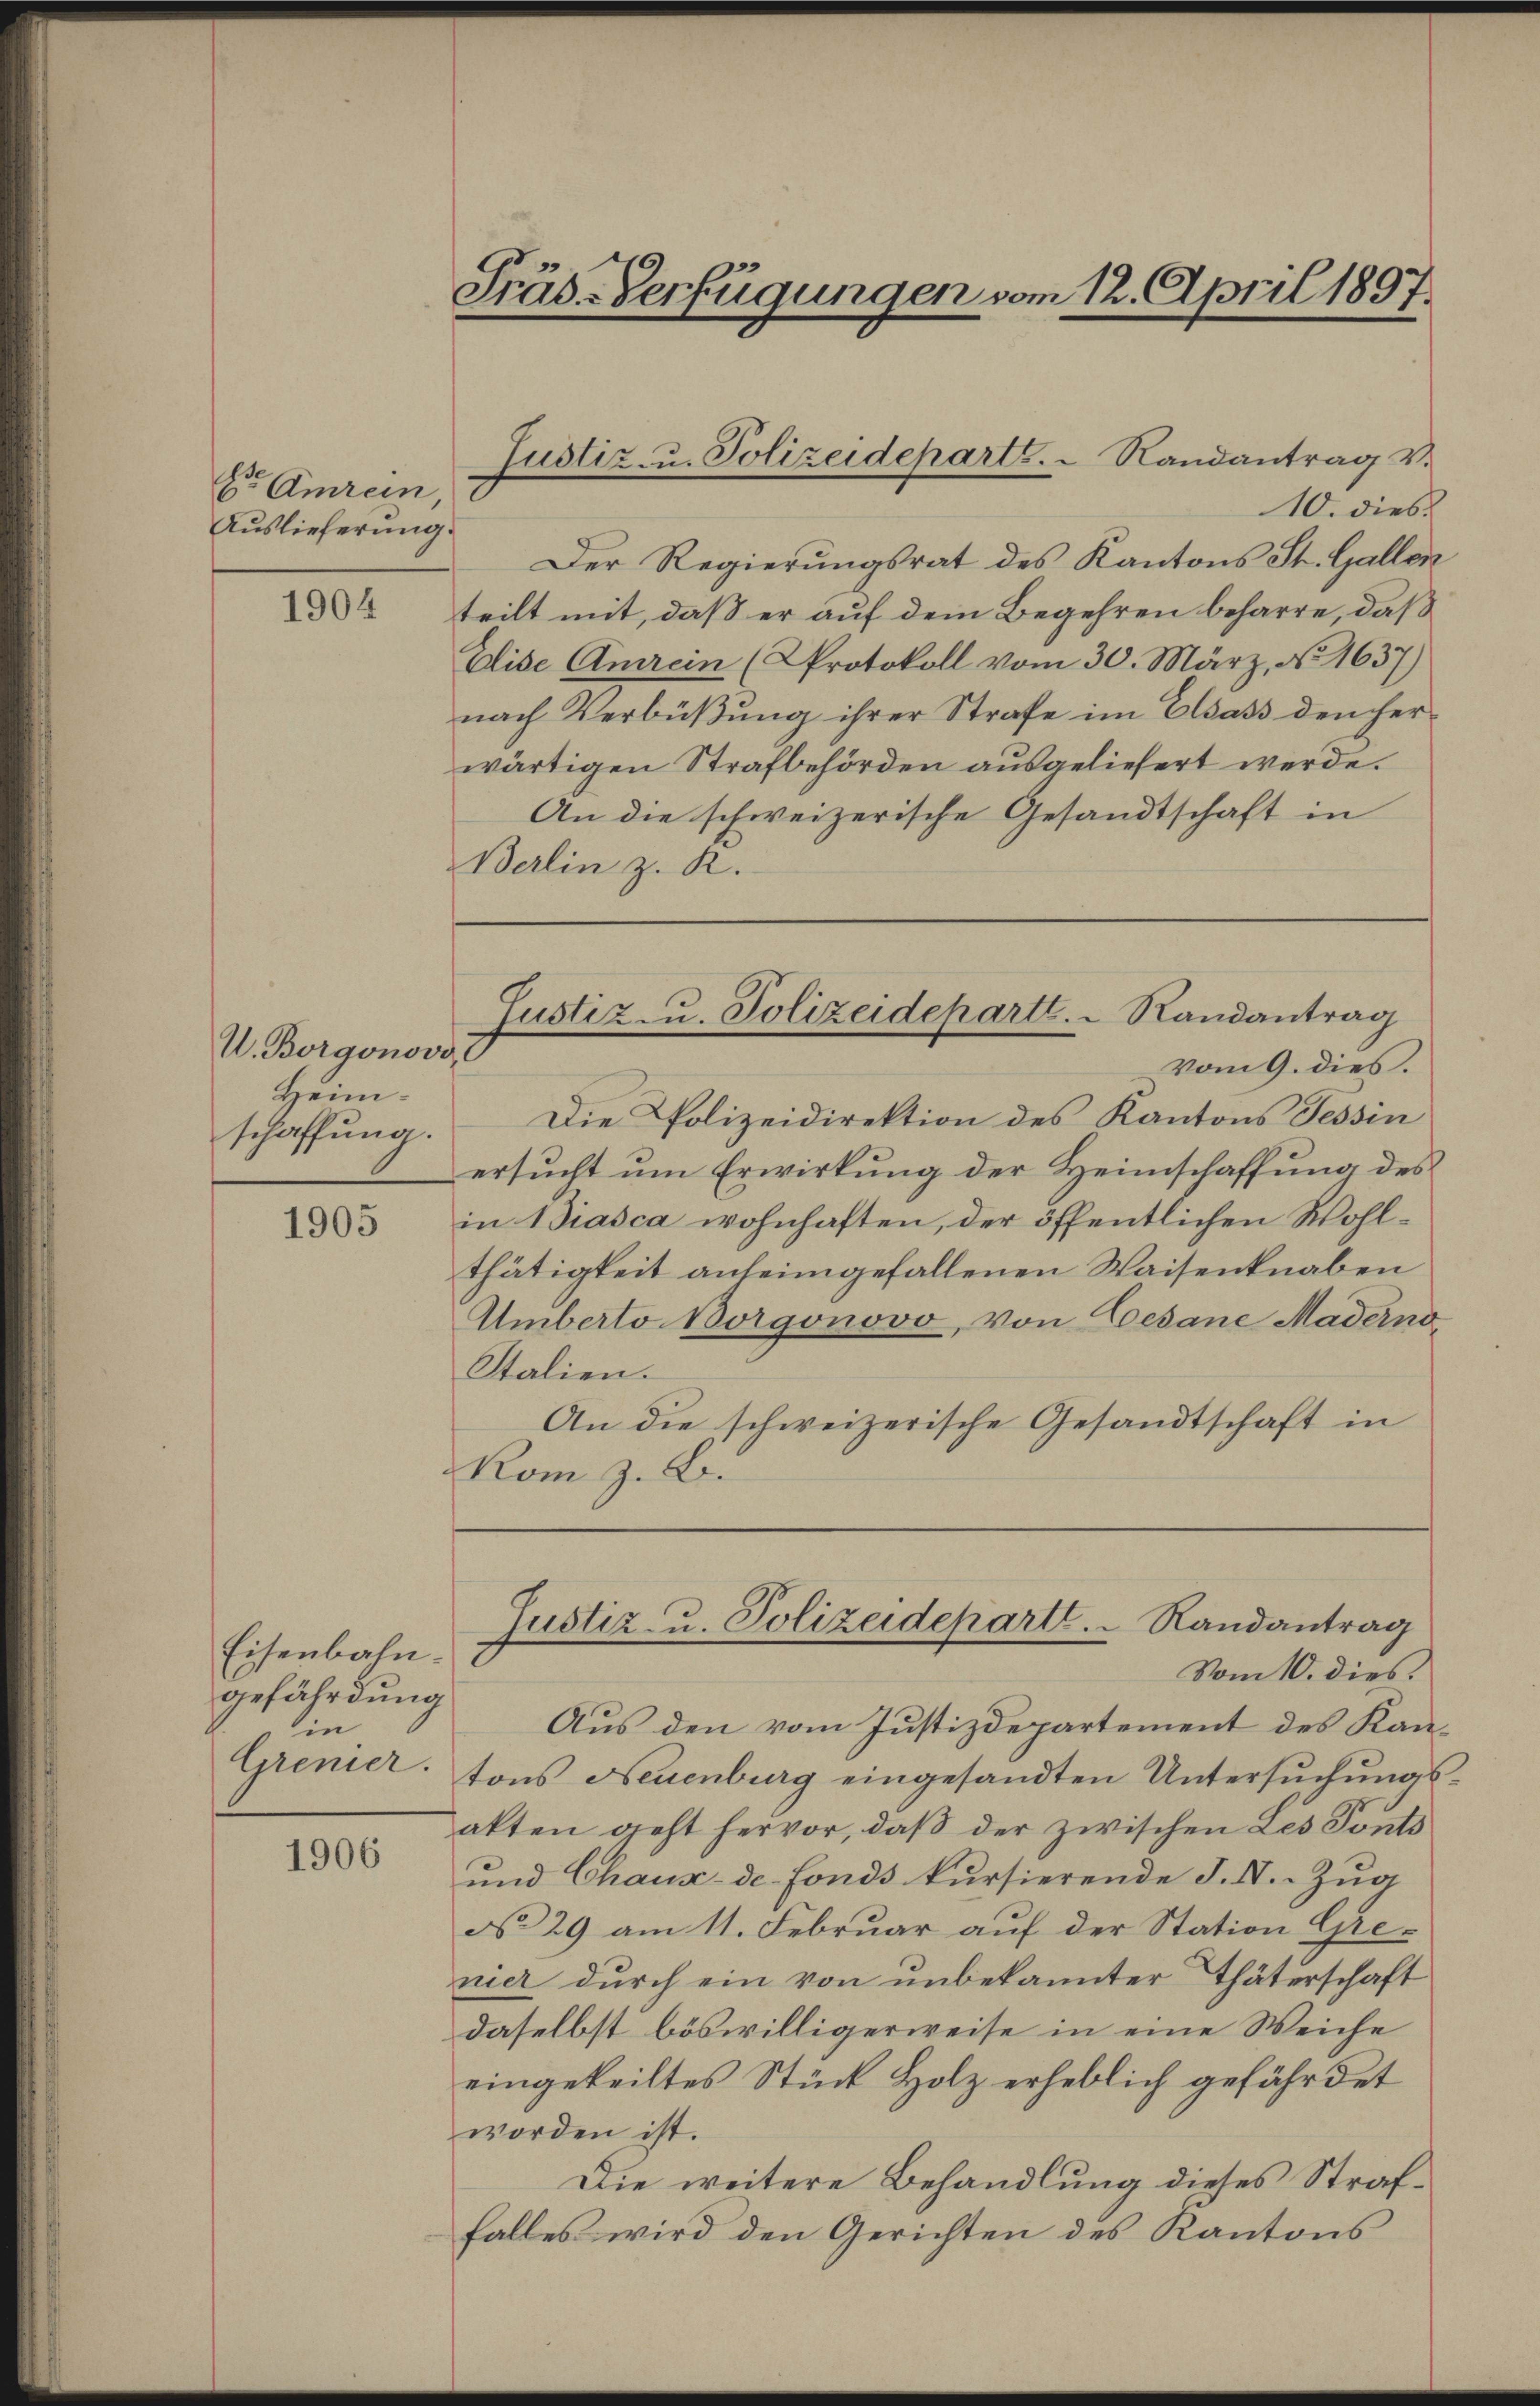
E Amrein
Auslieferung.

1904

U. Borgonovi
Heimschaffung.

1905

Eisenbahn.
gefährdung
in
Gremier.

1906

Präs-Verfügungen vom 12. April 1897.

10. dies
Der Regierŭngsrat des Kantons St. Gallen
teilt mit, daß er auf dem Begehren beharre, daß
Elise Amrein (Protokoll vom 30. März, No. 1637)
nach Verbüßung ihrer Strafe im Elsass den herwärtigen Strafbehörden ausgeliefert werde.
An die schweizerische Gesandtschaft in
Berlin z. R.

Justiz- u. Polizeideparts.  Randantrag v.

Justiz u. Polizeidepartt.  Randantrag
12
vom 9. dies.

Die Polizeidirektion des Kantons Tessin
ersucht um Erwirkung der Heimschaffung des
in Biasca wohnhaften, der öffentlichen Wohlthätigkeit anheimgefallenen Waisenknaben
Umberto Borgonovo, von Cesane Maderno
Stalien.
An die schweizerische Gesandtschaft in
Kom z. B.

Justiz- u. Polizeideparte. Randantrag
Vom 10. dies

Aus den vom Justizdepartement des Kantons Neuenburg eingesandten Untersuchungsakten geht hervor, daß der zwischen Les Ponts
und Chaux-de-Fonds kursierende J. N. Zug
No 29 am 11. Februar auf der Station Grenier durch ein von unbekannter Thäterschaft
daselbst böswilligerweise in eine Weiche
eingeteiltes Stück Holz erheblich gefährdet
worden ist.
Die weitere Behandlung dieses Straffalles wird den Gerichten des Kantons